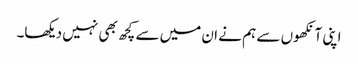
اپنی آنکھوں سے ہم نے ان میں سے کچھ بھی نہیں دیکھا۔